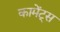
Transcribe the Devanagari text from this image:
कामेंट्स